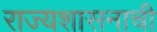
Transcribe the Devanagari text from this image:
राज्यशासनाची